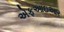
એફઆઇઆર